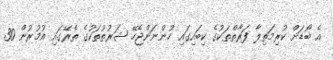
އެ ބޯޑަށް ކުރިމަތިލާ ފަރާތްތަކުގެ ކިބައިގައި ހުންނަންޖެހޭ ޝަރުތުތަކުގެ ތެރޭގައި އުމުރުން 30